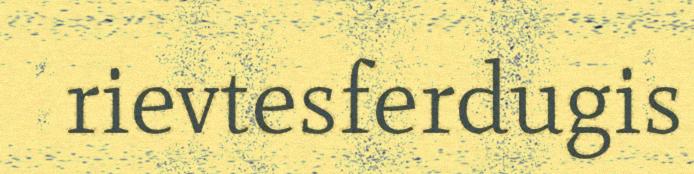
rievtesferdugis